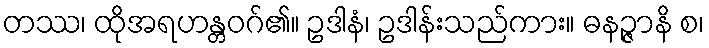
တဿ၊ ထိုအရဟန္တဝဂ်၏။ ဥဒါနံ၊ ဥဒါန်းသည်ကား။ ဓနဉ္ဇာနိ စ၊